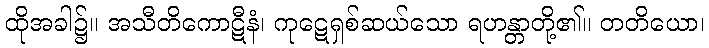
ထိုအခါ၌။ အသီတိကောဋီနံ၊ ကုဋေရှစ်ဆယ်သော ရဟန္တာတို့၏။ တတိယော၊